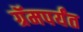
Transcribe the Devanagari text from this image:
ग्रॅमपर्यंत